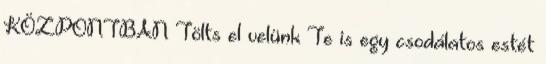
KÖZPONTBAN Tölts el velünk Te is egy csodálatos estét